Annual report of the Punjab Veterinary College and of the Civil Veterinary Department, Punjab - 1926-1932
Year: 1926
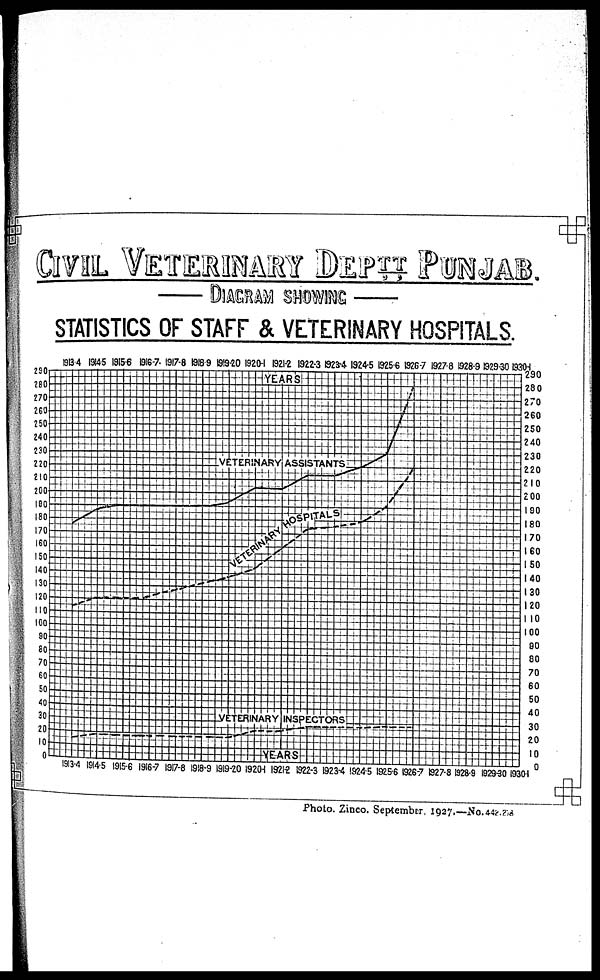
CIVIL VETERINARY DEPTT PUNJAB.
DIAGRAM SHOWING
STATISTICS OF STAFF & VETERINARY HOSPITALS.
Photo. Zinco. September. 1927.—No. 442.28